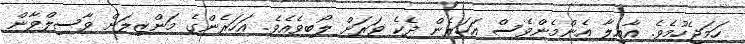
ހަމަޖެހުމެވެ. އާއިލާ އެންމެންވެސް އަހަރެން ދެކެ ވަރަށް ލޯބިވެއެވެ. އަހަރެންގެ މަންޒިލަށް ވާސިލްވާން